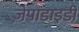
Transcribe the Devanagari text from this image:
ज़ेपाडाइडी